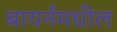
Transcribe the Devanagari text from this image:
बायर्नमधील